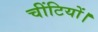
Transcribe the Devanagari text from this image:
चींटियों।